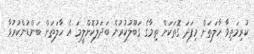
ކުރިމަތިވާ ހާލަތަށް މިފަދަ ގޮތަކަށް ތިމާގެ ގަބޫލުކުރުން ބަދަލުކޮށްލީމަ އެ ހާލަތަށް ބަންޑުންކުރުވާ